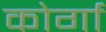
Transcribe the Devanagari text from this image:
कोर्गा